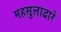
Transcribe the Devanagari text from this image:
महसुलाद्वारे